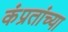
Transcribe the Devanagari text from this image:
कंप्रतांच्या